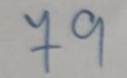
79